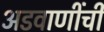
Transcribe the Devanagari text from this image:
अडवाणींची